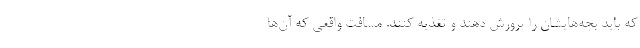
که باید بچه‌هایشان را پرورش دهند و تغذیه کنند. مسافت واقعی که آن‌ها